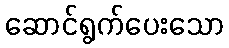
ဆောင်ရွက်ပေးသော